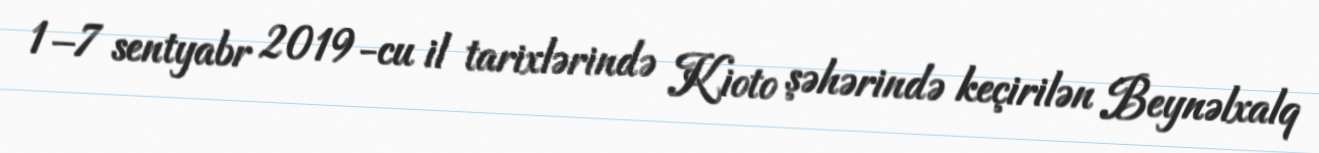
1–7 sentyabr 2019-cu il tarixlərində Kioto şəhərində keçirilən Beynəlxalq